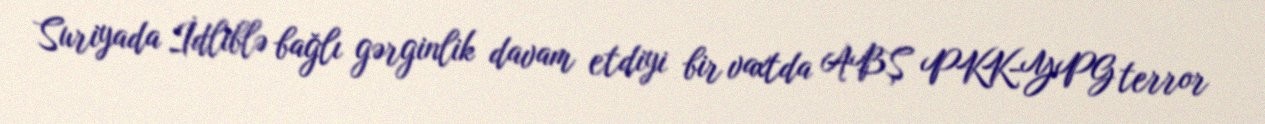
Suriyada İdliblə bağlı gərginlik davam etdiyi bir vaxtda ABŞ PKK-YPG terror